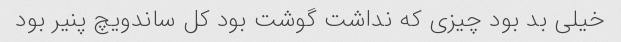
خیلی بد بود چیزی که نداشت گوشت بود کل ساندویچ پنیر بود